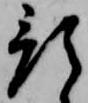
預